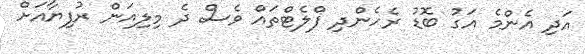
އަދި އެންމެ އަގު ބޮޑު ރެހެންދި ފްލެޓްތައް ވެސް ދެ މިލިއަން ރުފިޔާއަށް